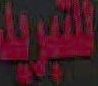
للتبريد